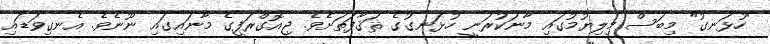
"ހުޅަނގު" މިބަސް މިލިޔުމުގައި މާނަކުރަނީ ހުޅަނގުގެ ޘަޤާފަތަށެެވެ. ޖިއޮގްރަފީގެ މާނައިގައި ނޫނެވެ. އެނގިވަޑައި